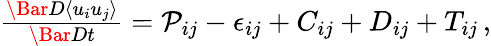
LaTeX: \begin{array}{r}{\frac{\Bar{D}\left<u_{i}u_{j}\right>}{\Bar{D}t}=\mathcal{P}_{ij}-\epsilon_{ij}+C_{ij}+D_{ij}+T_{ij}\, ,}\end{array}